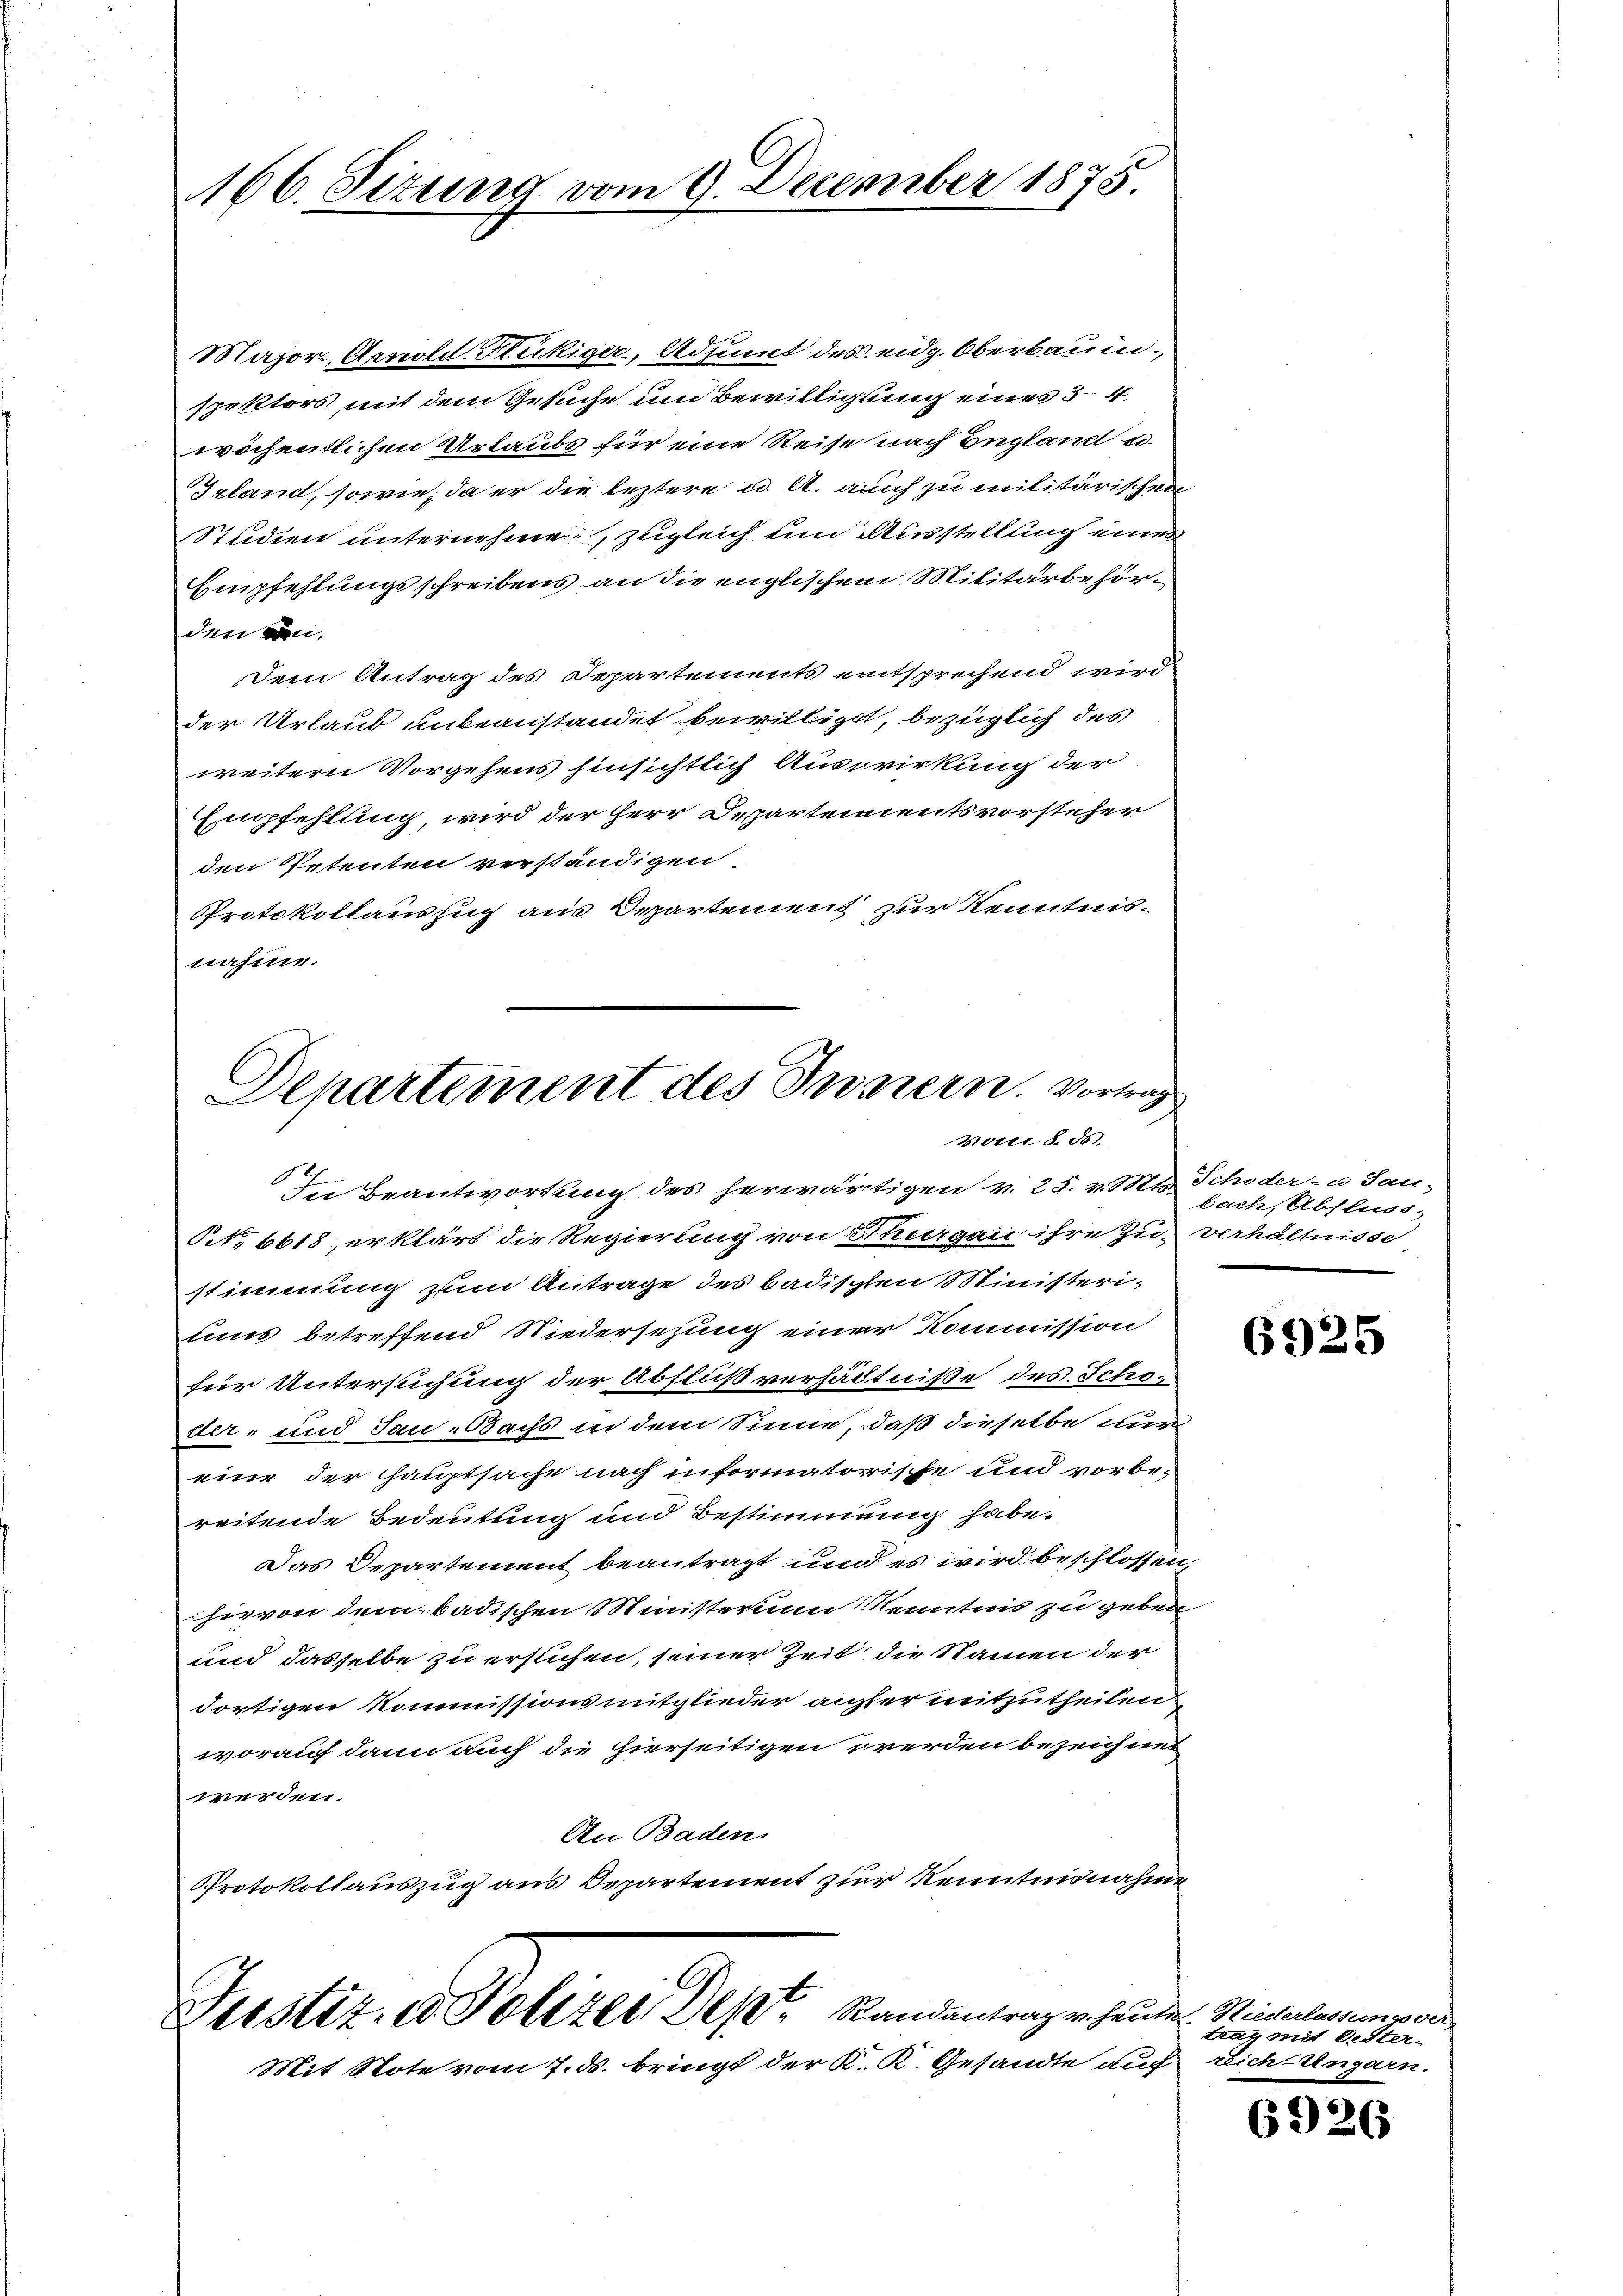
166. Situng vom 9. December 1875.

Major, Arnoldl. Stückiger, Adjunct des eidg. Oberbauen-
spektors mit dem Gesuche um Bewilligung eines 54.
wöchentlichen Urlaubs für eine Reise nach England u.
Irland, sowie, da er die leztere u. A. auch zu militärischen
Studien unternehme, zugleich um Ausstellung eines
Empfehlungsschreibens an die englischen Militärbehörden von
Dem Antrag des Departements entsprechend wird
der Urlaub unbeanstandet bewilliget, bezüglich des
weitern Vorgehens hinsichtlich Auswirkung der
Empfehlung, wird der Herr Departementsvorsteher
den Petenten verständigen
Protokollauszug aus Departement zur Kenntnis-
nahme.

Departement des Innern. Vortrag
Molli d. d.

In Beantwortung des herwärtigen v. 25. v. Mts. Schöder- u Sau-
N. 6618, erklärt die Regierung von Schiergau ihre zu verhältnisse
stimmung zum Antrage des badischten Ministeri-
uns betreffend Niedersezung einer Kommission
für Untersuchung der Abfluß verhältniße des Scho-
der- und Sau-Bachs in dem Sinne, daß dieselbe nur
eine der Hauptsache nach informatorische und vorbereitende Bedeutung und Bestimmung habe.
Das Departement beantragt und es wird beschlossen,
hievon dem badischen Ministerium Kenntnis zu geben
und dasselbe zu erstichen, seiner Zeit die Namen der
dortigen Kommissionsmitglieder ausser mitzutheilen.
worauf dann auch die hierseitigen werden bezeichnet
werden.
An Baden
Protokollauszug aus Departement zur Kenntnisnahme

Feistet, u. Polizei, des Randantrag v. heute. Riederlassungsver
Mit Note vom 7. ds. bringt der K. K. Gesandte auf Dich Ungarn.

bach, Abfluss,

6925

trag mit Oester-

6926